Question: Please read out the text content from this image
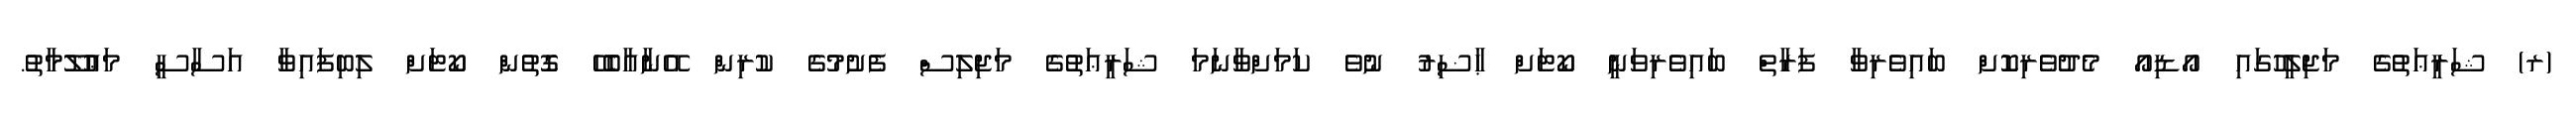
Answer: (ރ) ޝަރީޢަތުގެ މަޖިލީހުގައި އޯޑިއޯ މެދުވެރިކޮށް ބައިވެރިވާ ފަރާތް ބައިވެރިވަނީ ކޯޓަށް ޙާޟިރު ނުވެ ކަމަށްވާނަމަ ޝަރީޢަތުގެ މަޖިލިސް ފެށުމުގެ ކުރިން އޭނާއާބެހޭ ގޮތުން ކޯޓަށް ލިބިފައިވާ އަސާސީ މަޢުލޫމާތު.